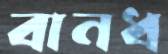
বানধ